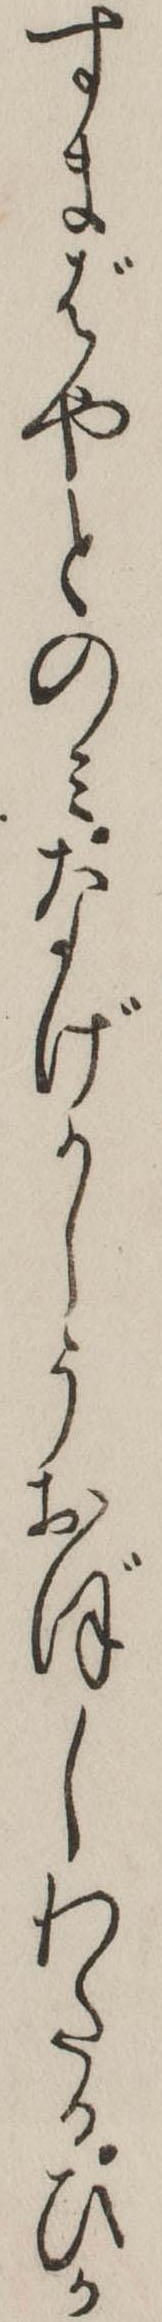
すまばやとのみなげかしうおぼしわたるひか